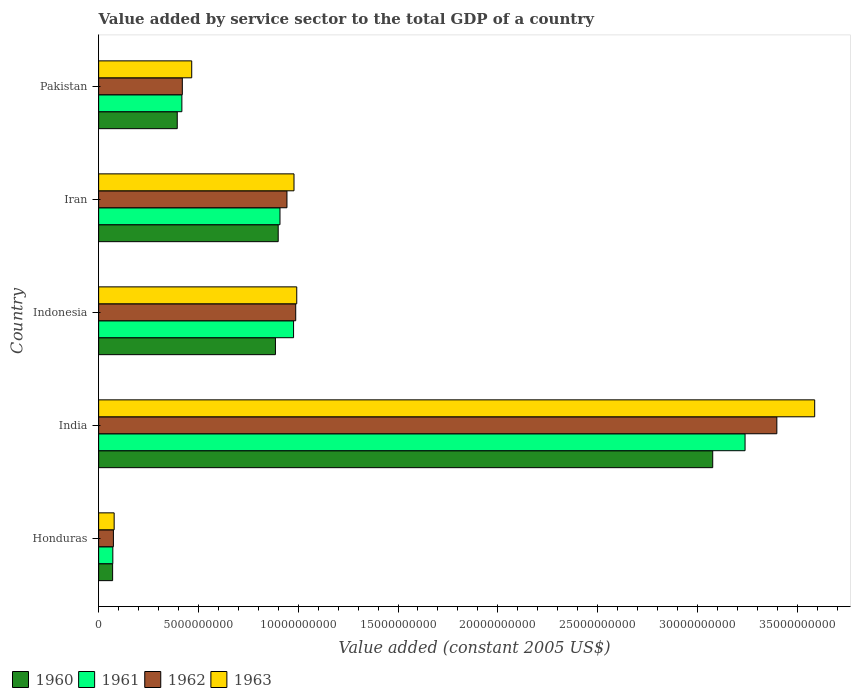
| Country | 1960 | 1961 | 1962 | 1963 |
 | --- | --- | --- | --- | --- |
 | Honduras | 7.01e+08 | 7.12e+08 | 7.41e+08 | 7.78e+08 |
 | India | 3.08e+10 | 3.24e+10 | 3.4e+10 | 3.59e+10 |
 | Indonesia | 8.86e+09 | 9.77e+09 | 9.88e+09 | 9.93e+09 |
 | Iran | 9e+09 | 9.09e+09 | 9.44e+09 | 9.79e+09 |
 | Pakistan | 3.94e+09 | 4.17e+09 | 4.19e+09 | 4.66e+09 |